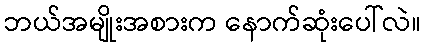
ဘယ်အမျိုးအစားက နောက်ဆုံးပေါ်လဲ။